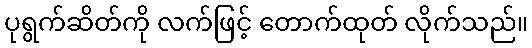
ပုရွက်ဆိတ်ကို လက်ဖြင့် တောက်ထုတ် လိုက်သည်။